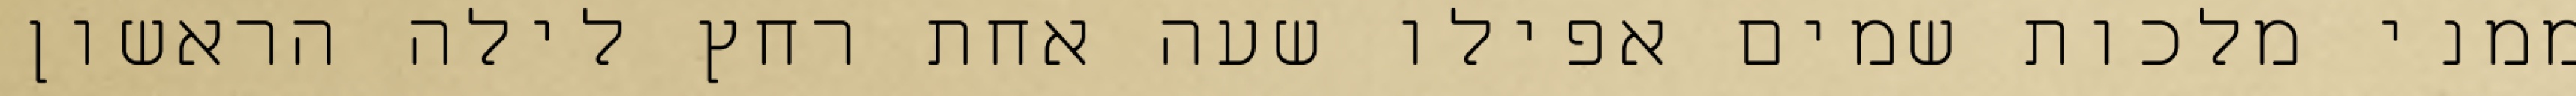
ממני מלכות שמים אפילו שעה אחת רחץ לילה הראשון